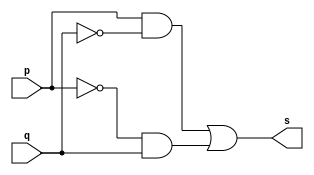
// -------------------------
// Ex6 - XOR
// Nome: Gabriel Benjamim de Carvalho
// -------------------------
// -------------------------
// -- XOR gate
// -------------------------
module xorgate ( output s, input  p,input  q);
assign s = (p & ~q) | (~p & q);
endmodule // XORgate
// ---------------------
// -- test XOR gate
// ---------------------
module testxorgate;
// ------------------------- dados locais
   reg   a, b; // definir registradores
   wire  s;    // definir conexao (fio)
// ------------------------- instancia
   xorgate XOR1 (s, a, b);
// ------------------------- preparacao
   initial begin:start
                   // atribuicao simultanea
// dos valores iniciais
      a=0; b=0;
   end// ------------------------- parte principal
   initial begin
         $display("Ex6 - Gabriel Benjamim de Carvalho - 396690");
         $display("Test XOR gate");
         $display("\na & b = s\n");
           a=0; b=0;
  #1   $display("%b xor %b = %b", a, b, s);
           a=0; b=1;
  #1  $display("%b xor %b = %b", a, b, s);
           a=1; b=0;
  #1   $display("%b xor %b = %b", a, b, s);
           a=1; b=1;
  #1   $display("%b xor %b = %b", a, b, s);
  end
endmodule // testxorgate